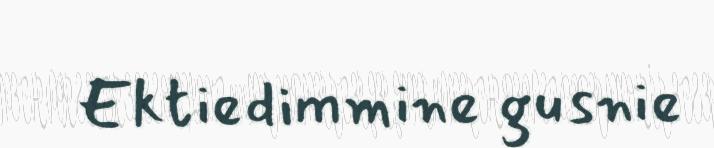
Ektiedimmine gusnie